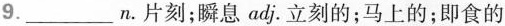
9. ___ n.片刻;瞬息 adj.立刻的;马上的;即食的